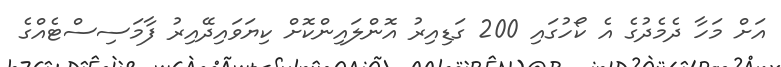
އަށް މަހާ ދެމެދުގެ އެ ކޯހުގައި 200 ގަޑިއިރު އޮންލައިންކޮށް ކިޔަވައިދޭއިރު ފާމަސިސްޓެއްގެ